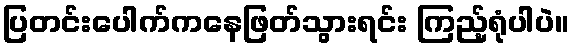
ပြတင်းပေါက်ကနေဖြတ်သွားရင်း ကြည့်ရုံပါပဲ။